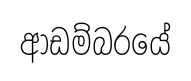
ආඩම්බරයේ